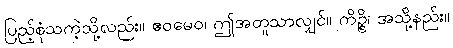
ပြည့်စုံသကဲ့သို့လည်း။ ဧဝမေဝ၊ ဤအတူသာလျှင်။ ကိဉ္စိ၊ အသို့နည်း။